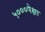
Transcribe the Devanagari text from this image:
५०००पेक्षा